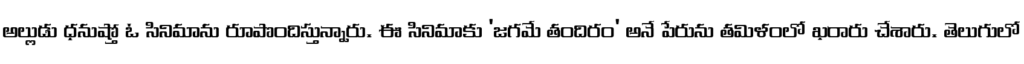
అల్లుడు ధనుష్తో ఓ సినిమాను రూపొందిస్తున్నారు. ఈ సినిమాకు 'జగమే తందిరం' అనే పేరును తమిళంలో ఖరారు చేశారు. తెలుగులో